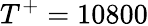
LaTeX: T^{+}=10800